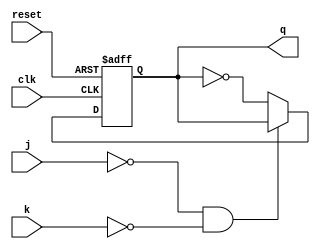
module jkff(j,k,clk,reset,q);
input j,k,clk,reset;
output q;
reg q;
always@(posedge reset or negedge clk)
begin
if(reset==1)
	q<= 0;
else
	if(j==0 && k==0)
		q= q;
	else if(j==0 && j==1)
		q= 0;
	else if(j==1 && j==0)
		q= 1;
	else	
		q= ~q;
end
endmodule